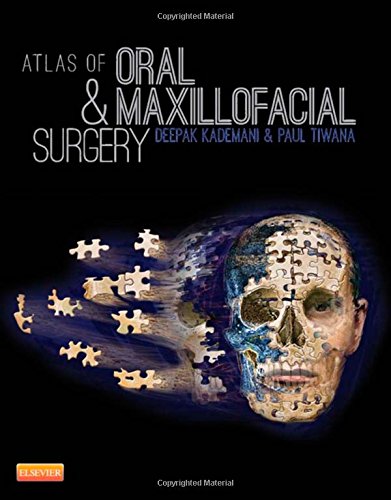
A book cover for Atlas of Oral and Maxillofacial Surgery, 1e; Deepak Kademani; Medical Books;